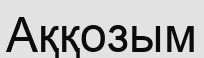
Аққозым